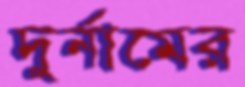
দুর্নামের